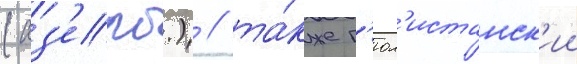
(аз'ерб.) / та́кже г'юл'истанск'ии